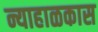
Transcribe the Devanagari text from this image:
न्याहाळकास